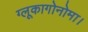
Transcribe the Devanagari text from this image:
ग्लूकागोनोमा।